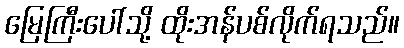
မြေကြီးပေါ်သို့ ထိုးအန်ပစ်လိုက်ရသည်။